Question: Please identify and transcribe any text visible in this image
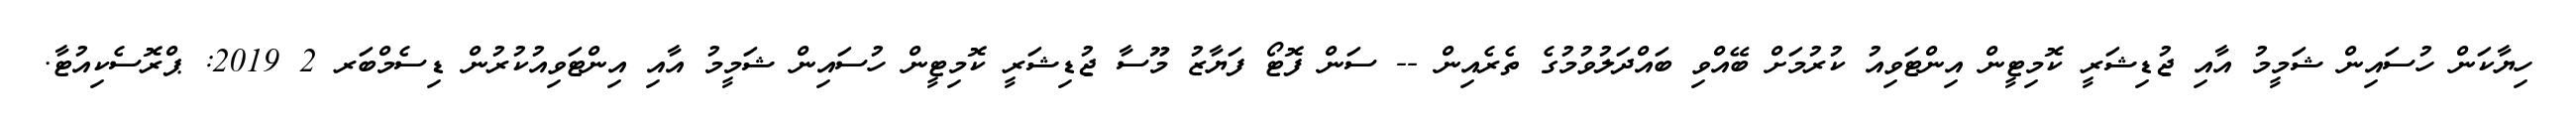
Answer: ހިޔާކަން ހުސައިން ޝަމީމު އާއި ޖުޑިޝަރީ ކޮމިޓީން އިންޓަވިއު ކުރުމަށް ބޭއްވި ބައްދަލުވުމުގެ ތެރެއިން -- ސަން ފޮޓޯ ފަޔާޒު މޫސާ ޖުޑިޝަރީ ކޮމިޓީން ހުސައިން ޝަމީމު އާއި އިންޓަވިއުކުރުން ޑިސެމްބަރ 2 2019: ޕްރޮސެކިއުޓާ.